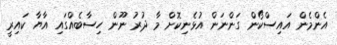
އެންމެން އައިސްކޯން ގަންނަން އުޅެނިކޮށް މާ ދުރު ނޫން ހިސާބެއްގައި އާޔާ ކައިރީ